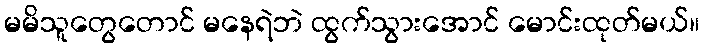
မမိသူတွေတောင် မနေရဲဘဲ ထွက်သွားအောင် မောင်းထုတ်မယ်။